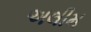
અલીમ